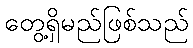
တွေ့ရှိမည်ဖြစ်သည်